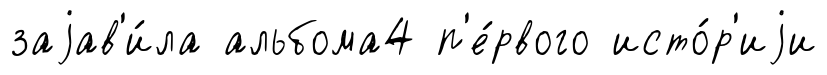
заjав'и́ла альбома4 п'е́рвого исто́р'иjи